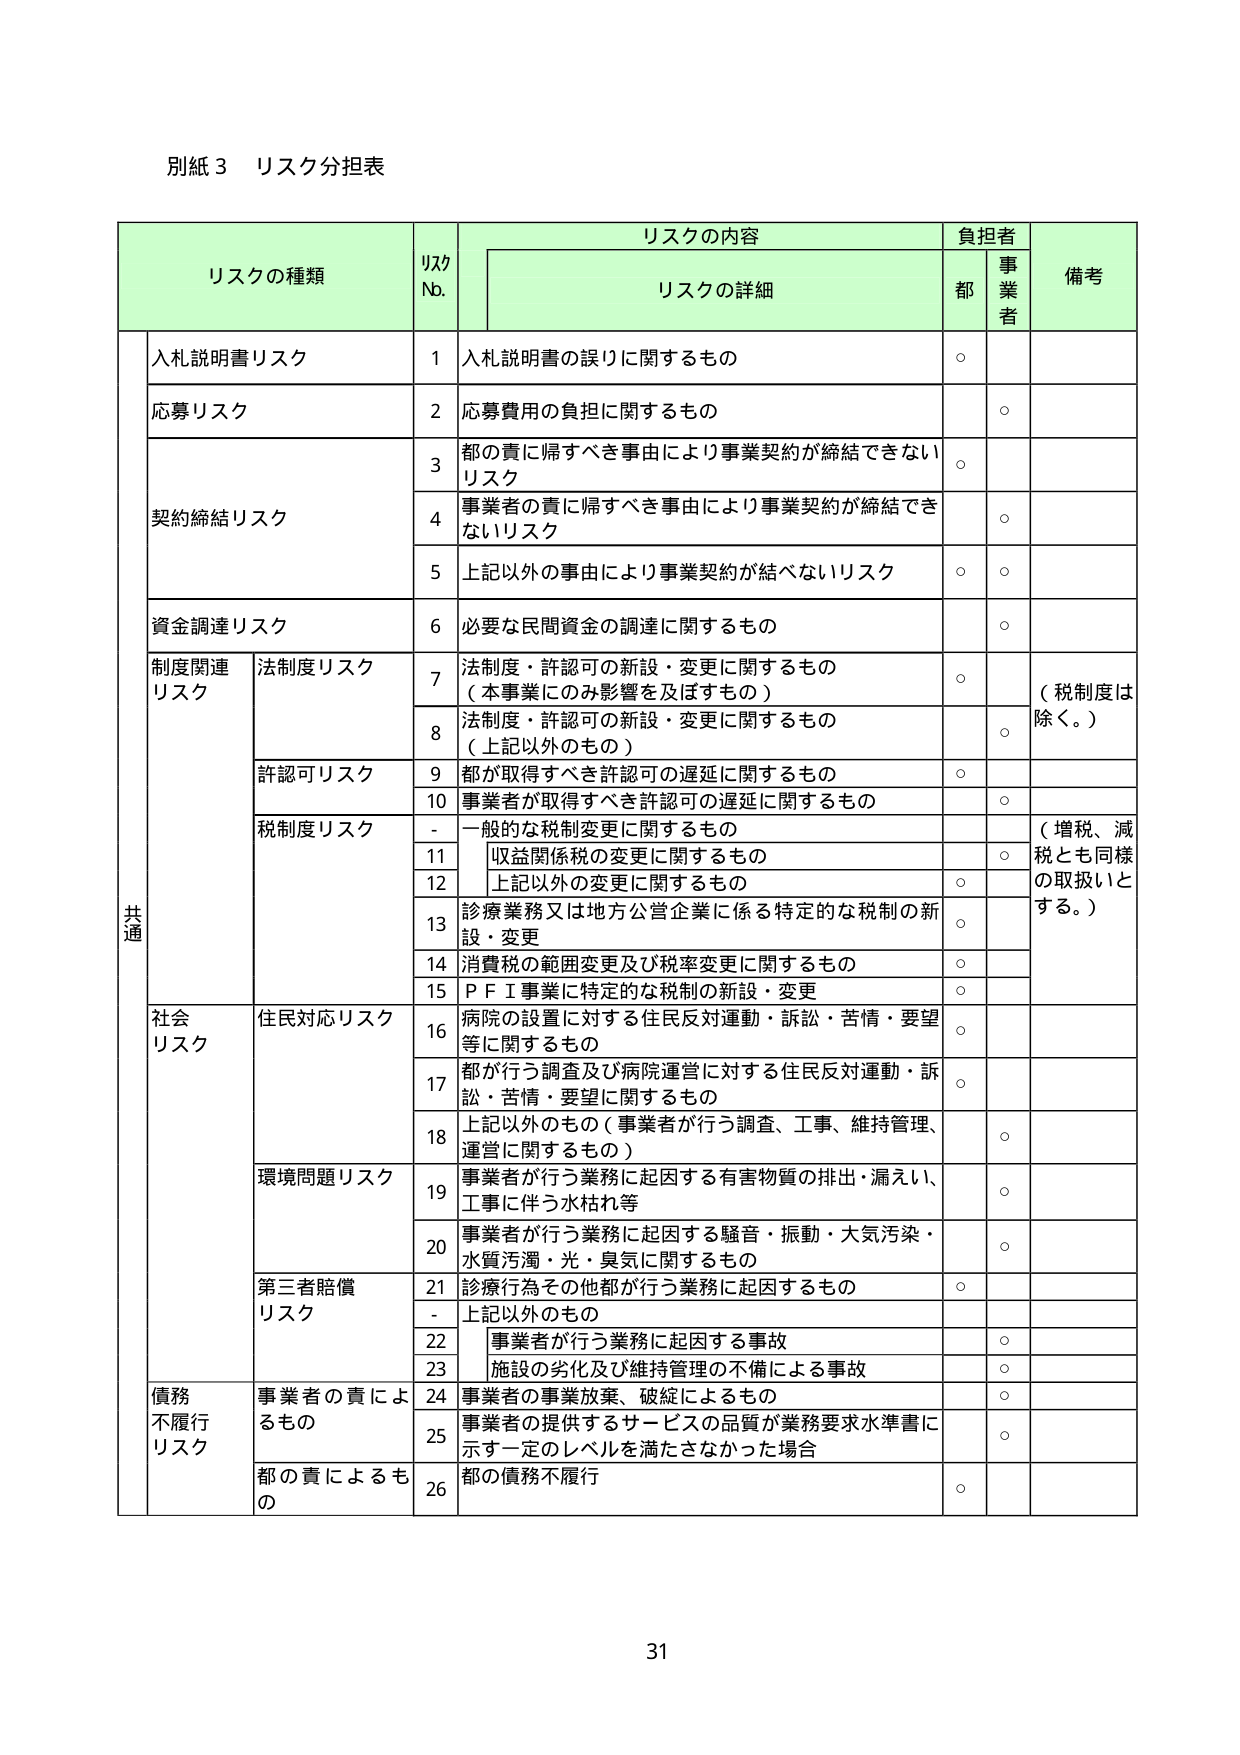
別紙３ リスク分担表

リスクの種類 リスク No. リスクの内容 負担者 備考
リスクの詳細 都 事業者

共通
入札説明書リスク 1 入札説明書の誤りに関するもの ○
応募リスク 2 応募費用の負担に関するもの ○
契約締結リスク 3 都の責に帰すべき事由により事業契約が締結できないリスク ○
4 事業者の責に帰すべき事由により事業契約が締結できないリスク ○
5 上記以外の事由により事業契約が結べないリスク ○ ○
資金調達リスク 6 必要な民間資金の調達に関するもの ○
制度関連リスク 法制度リスク 7 法制度・許認可の新設・変更に関するもの （本事業にのみ影響を及ぼすもの） ○ （税制度は除く。）
8 法制度・許認可の新設・変更に関するもの （上記以外のもの） ○
許認可リスク 9 都が取得すべき許認可の遅延に関するもの ○
10 事業者が取得すべき許認可の遅延に関するもの ○
税制度リスク - 一般的な税制変更に関するもの （増税、減税とも同様の取扱いとする。）
11 収益関係税の変更に関するもの ○
12 上記以外の変更に関するもの ○
13 診療業務又は地方公営企業に係る特定的な税制の新設・変更 ○
14 消費税の範囲変更及び税率変更に関するもの ○
15 ＰＦＩ事業に特定的な税制の新設・変更 ○
社会リスク 住民対応リスク 16 病院の設置に対する住民反対運動・訴訟・苦情・要望等に関するもの ○
17 都が行う調査及び病院運営に対する住民反対運動・訴訟・苦情・要望に関するもの ○
18 上記以外のもの（事業者が行う調査、工事、維持管理、運営に関するもの） ○
環境問題リスク 19 事業者が行う業務に起因する有害物質の排出・漏えい、工事に伴う水枯れ等 ○
20 事業者が行う業務に起因する騒音・振動・大気汚染・水質汚濁・光・臭気に関するもの ○
第三者賠償リスク 21 診療行為その他都が行う業務に起因するもの ○
- 上記以外のもの
22 事業者が行う業務に起因する事故 ○
23 施設の劣化及び維持管理の不備による事故 ○
債務不履行リスク 事業者の責によるもの 24 事業者の事業放棄、破綻によるもの ○
25 事業者の提供するサービスの品質が業務要求水準書に示す一定のレベルを満たさなかった場合 ○
都の責によるもの 26 都の債務不履行 ○

31